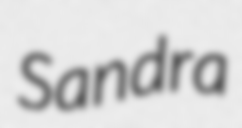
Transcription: Sandra